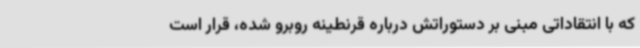
که با انتقاداتی مبنی بر دستوراتش درباره قرنطینه روبرو شده، قرار است